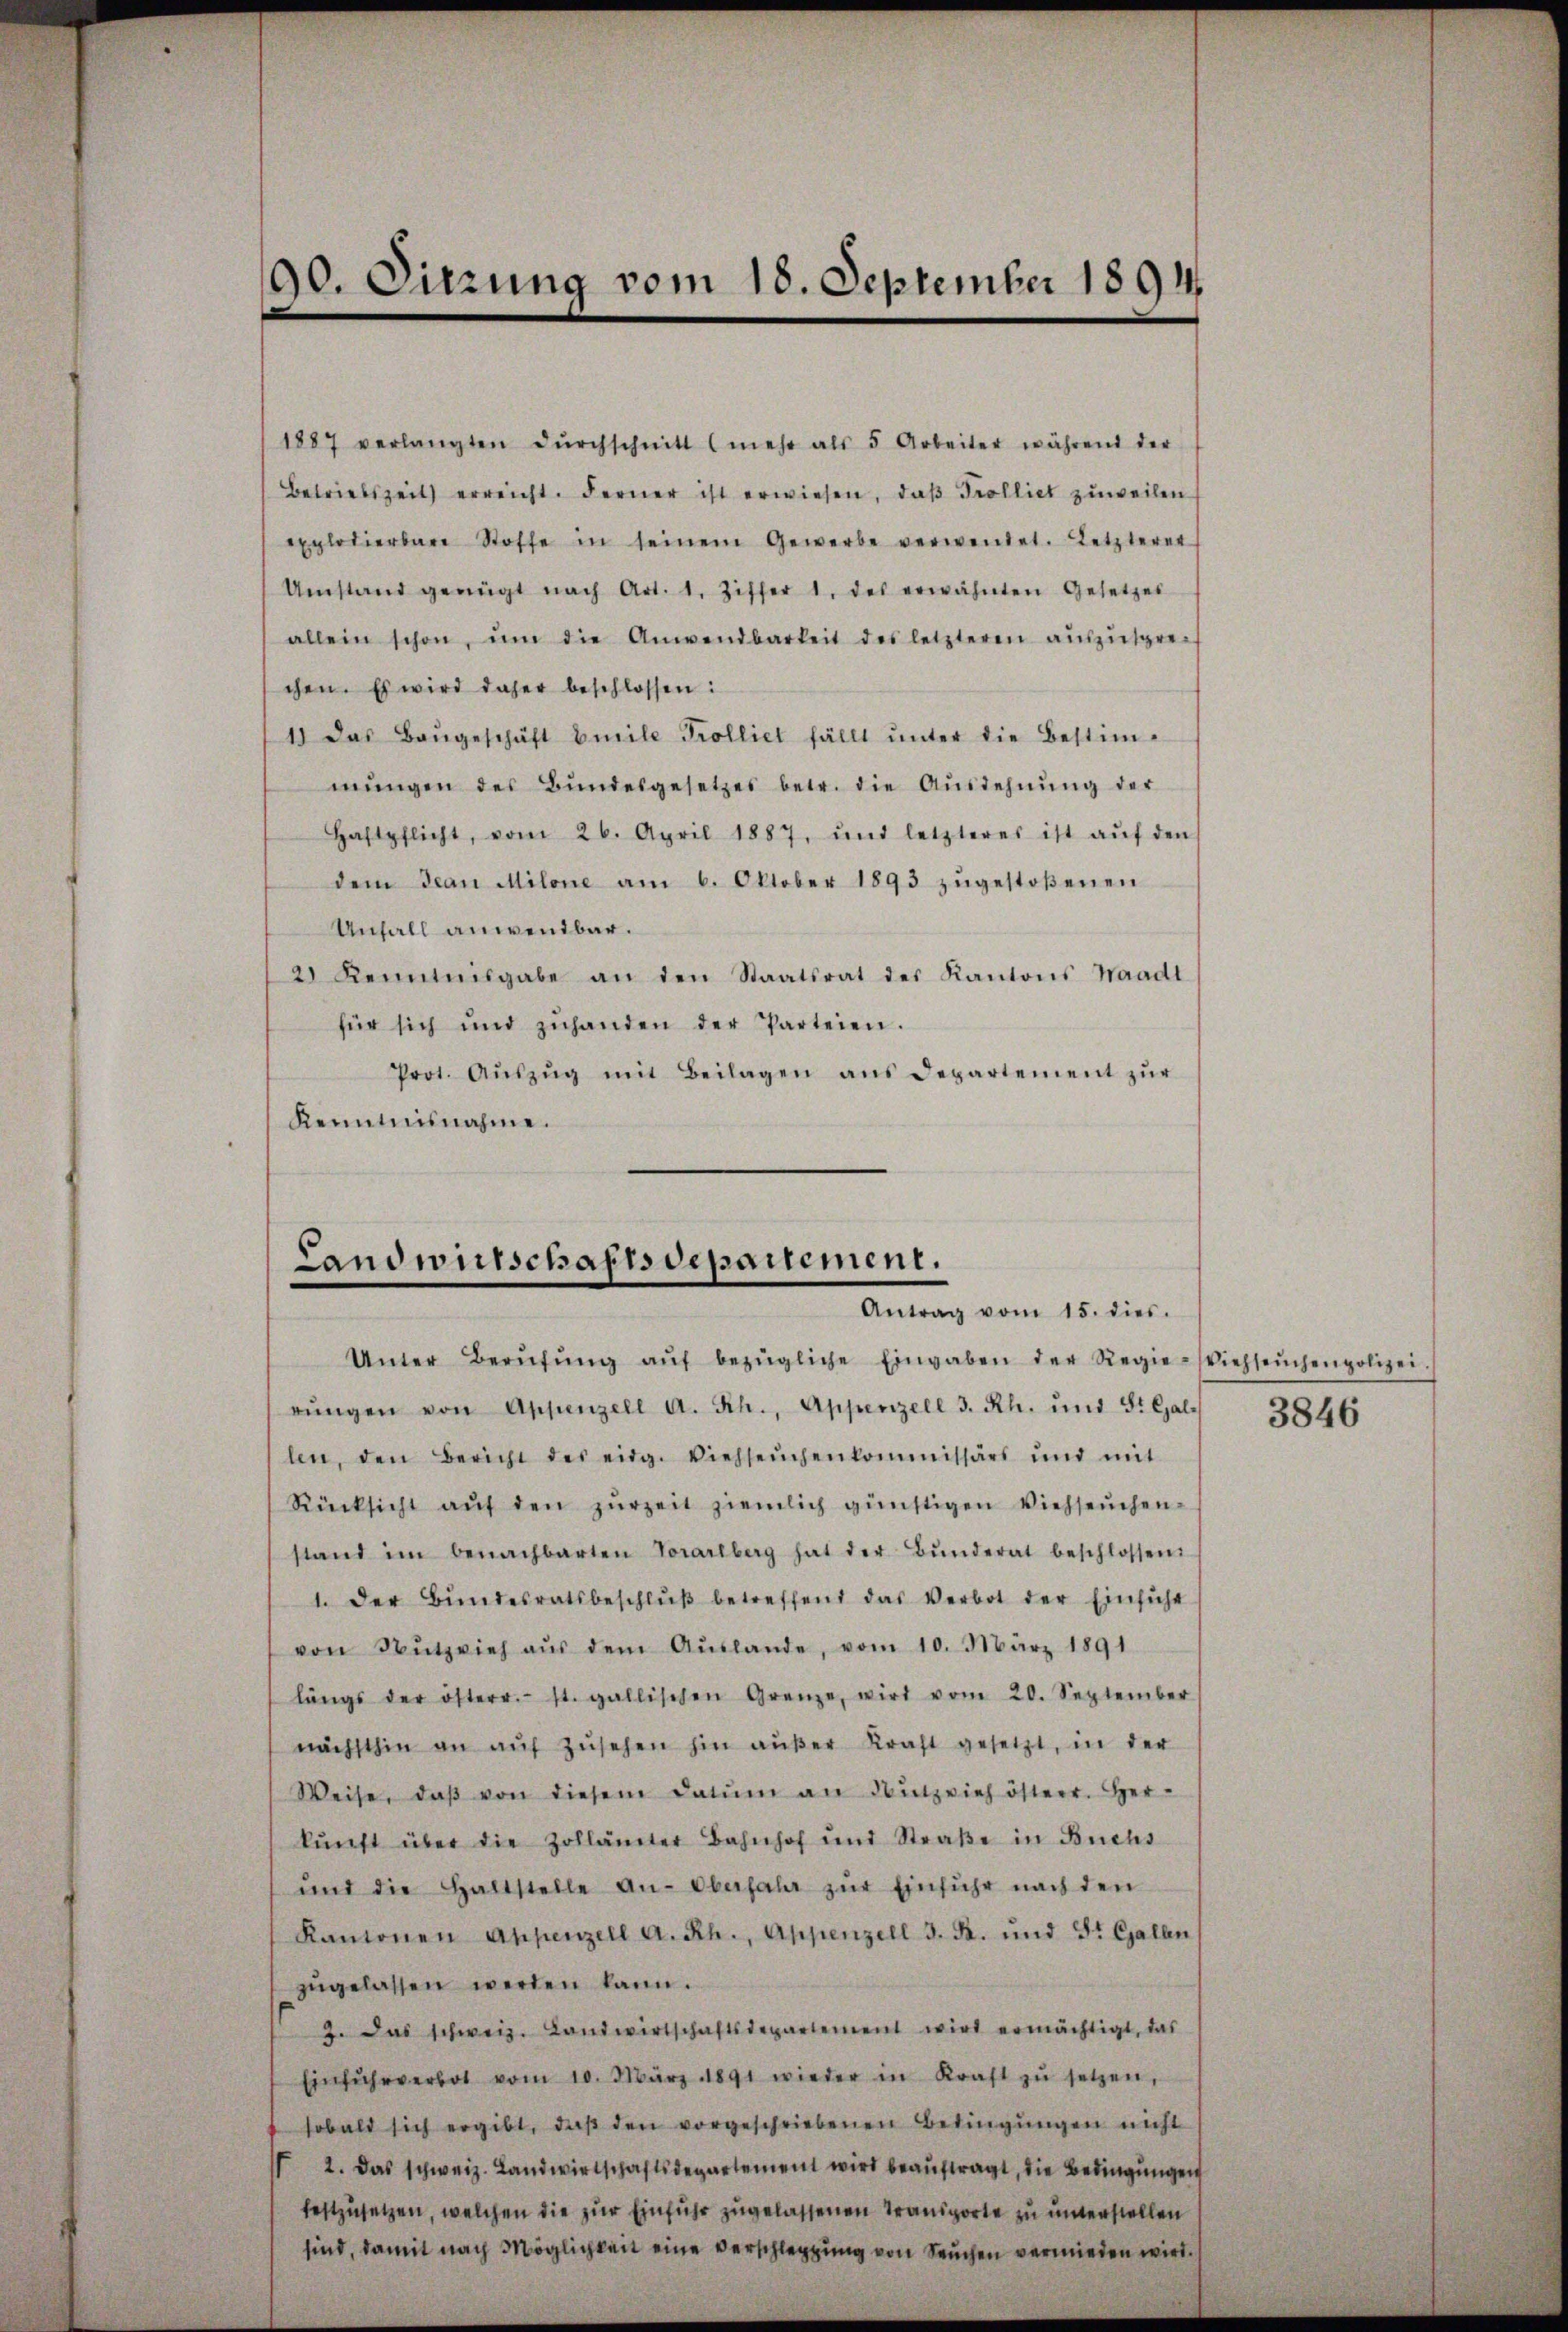
90. Sitzung vom 18. September 1894.

1887 verlangten Dŭrchschnitt (mehr als 5 Arbeiter während der
Betriebszeit) erreicht. Ferner ist erwiesen, daβ Prolliet zuweilen
explodierbare Stoffe in seinem Gewerbe verwendet. Letzteret
Umstand genügt nach Art. 1. Ziffer 1. des erwähnten Gesetzes
allein schon, ŭm die Anwendbarkeit des letzteren aŭszŭspre-
chen. Es wird daher beschlossen:
1) Das Baŭgeschäft beile Trolliet fällt ŭnter die Bestim-
mŭngen des Bŭndesgesetzes betr. die Ausdehnŭng der
Haftpflicht, vom 26. April 1887, und letzteres ist aŭf den
dem Jean Milone am 6. Oktober 1893 zŭgestoßenen
Unfall anwendbar.
2) Kenntnisgabe an den Staatsrat des Kantons Waadt
für sich und zŭhanden der Parteien.
Prot. Aŭszŭg mit Beilagen ans Departement zŭr
Kenntnisnahme.

Landwirtschaftsdepartement.
Antrag vom 15. dies.

Unter Berŭfŭng aŭf bezügliche Eingaben der Regie-Viehseuchenpolizei.
rŭngen von Appenzell A. Rh., Appenzell 3. Rh. und St. Gal. 3846
len, den Bericht des eidg. Viehseuchenkommissärs und mit
Rücksicht aŭf den zŭrzeit ziemlich günstigen Viehseuchen-
stand im benachbarten Vorarlberg hat der Bŭnderat beschlossen
1. Der Bŭndesratsbeschlŭβ betreffend das Verbot der Einsicht
von Nŭtzvieh aŭs dem Aŭslande, vom 10. März 1891
längs der österr.- st. gallischen Grenze, wird vom 20. September
nächsthin an aŭf zŭsehen hin aŭβer Kraft gesetzt, in der
Weise, daβ von diesem Datŭm an Bŭtzvieh österr. Her-
kŭnft über die Zollämter Bahnhof und Straβe in Buchs
ŭnd die Haltstelle an-Oberfahr zŭr Einführ nach den
Kantonen Appenzell A.Rh., Appenzell 3. B. und St. Gallen
zŭgelassen werden kann.
2. Das schweiz. Landwirtschaftsdepartement wird ermächtigt, das
Einführverbot vom 10. März 1891 wieder in Kraft zŭ setzen,
sobald sich ergibt, daß den vorgeschriebenen Bedingungen nicht
 2. Das schweiz. Landwirtschaftsdepartement wird beaŭftragt, die Bedingungen
festzusetzen, welchen die zur Einfuhr zugelassenen Transporte zu unterstellen
sind, damit nach Möglichkeit eine verschleppung von Seuchen vermieden wird.